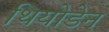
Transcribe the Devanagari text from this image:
थियोडेन